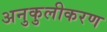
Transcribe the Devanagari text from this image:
अनुकुलीकरण